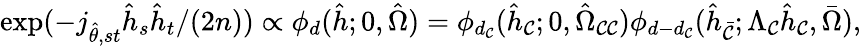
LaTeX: \begin{array}{r}{\exp(-j_{\hat{\theta},st}\hat{h}_{s}\hat{h}_{t}/(2n))\propto\phi_{d}(\hat{h};0,\hat{\Omega})=\phi_{d_{\mathcal{C}}}(\hat{h}_{\mathcal{C}};0,\hat{\Omega}_{\mathcal{C}\mathcal{C}})\phi_{d-d_{\mathcal{C}}}(\hat{h}_{\bar{\mathcal{C}}};\Lambda_{\mathcal{C}}\hat{h}_{\mathcal{C}},\bar{\Omega}),}\end{array}